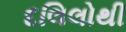
દલિલોથી